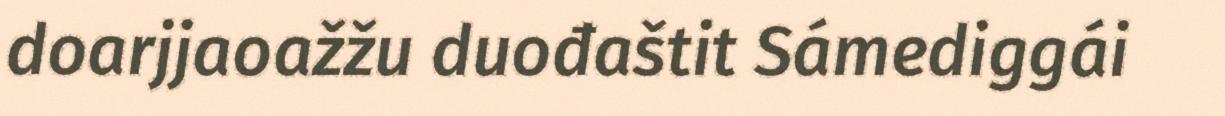
doarjjaoažžu duođaštit Sámediggái